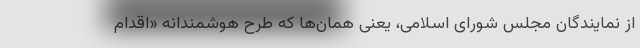
از نمایندگان مجلس شورای اسلامی، یعنی همان‌ها که طرح هوشمندانه «اقدام